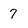
Character: 7